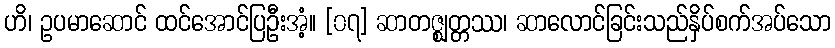
ဟိ၊ ဥပမာဆောင် ထင်အောင်ပြဦးအံ့။ [၀၇] ဆာတဇ္ဈတ္တဿ၊ ဆာလောင်ခြင်းသည်နှိပ်စက်အပ်သော